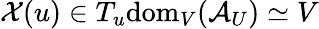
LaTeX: \mathcal{X}(u)\in T_{u}\mathrm{dom}_{V}(\mathcal{A}_{U})\simeq V